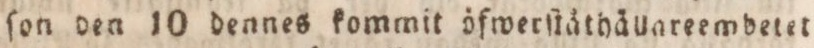
ſon den 10 dennes kommit öfwerſtäthällareemdetet